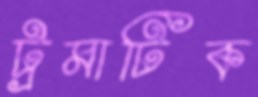
ট্রমাটিক